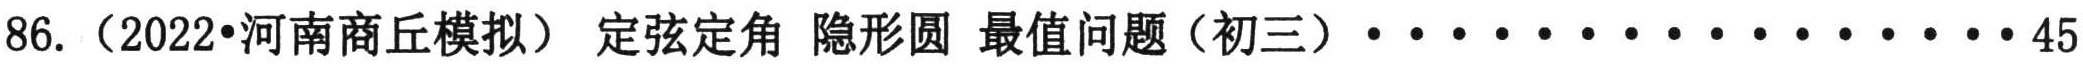
86.（2022•河南商丘模拟） 定弦定角 隐形圆 最值问题（初三）····················45